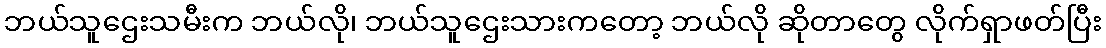
ဘယ်သူဌေးသမီးက ဘယ်လို၊ ဘယ်သူဌေးသားကတော့ ဘယ်လို ဆိုတာတွေ လိုက်ရှာဖတ်ပြီး